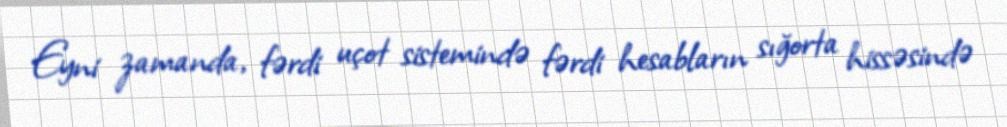
Eyni zamanda, fərdi uçot sistemində fərdi hesabların sığorta hissəsində